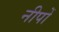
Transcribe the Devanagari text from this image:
नीपों